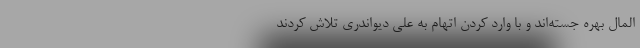
المال بهره جسته‌اند و با وارد کردن اتهام به علی دیواندری تلاش کردند